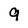
Character: 9